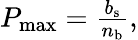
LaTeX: \begin{array}{r}{P_{\mathrm{max}}=\frac{b_{\mathrm{s}}}{n_{\mathrm{b}}},}\end{array}